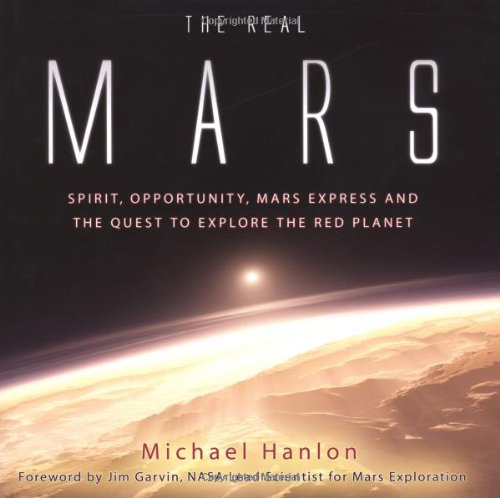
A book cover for The Real Mars; Michael Hanlon; Science & Math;